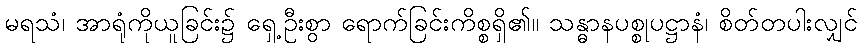
မရသံ၊ အာရုံကိုယူခြင်း၌ ရှေ့ဦးစွာ ရောက်ခြင်းကိစ္စရှိ၏။ သန္ဓာနပစ္စုပဋ္ဌာနံ၊ စိတ်တပါးလျှင်